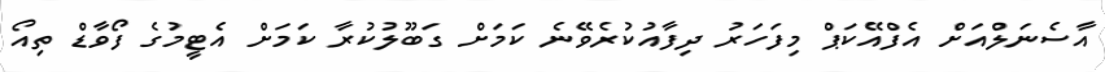
އާސެނަލްއަށް އެފްއޭކަޕް މިފަހަރު ދިފާއުކުރެވޭނެ ކަމަށް ގަބޫލުކުރާ ކަމަށް އެޓީމުގެ ފޯވާޑް ތިއޯ